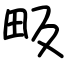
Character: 畈